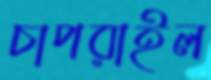
চাপরাইল